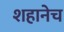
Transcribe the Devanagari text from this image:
शहानेच